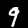
Digit: 9